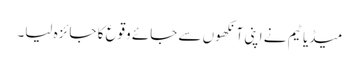
میڈیا ٹیم نے اپنی آنکھوں سے جائے وقوع کا جائزہ لیا۔